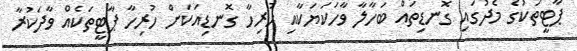
ޕާޓީތަކުގެ މެދުގައި ގޮނޑިތައް ބަހާލާ ވާހަކަޔަކާއި ހުރިހާ ގޮނޑިއަކަށް ހުރިހާ ޕާޓީތަކެއް ވާދަކުރާ